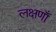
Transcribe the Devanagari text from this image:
लक्षणाँ